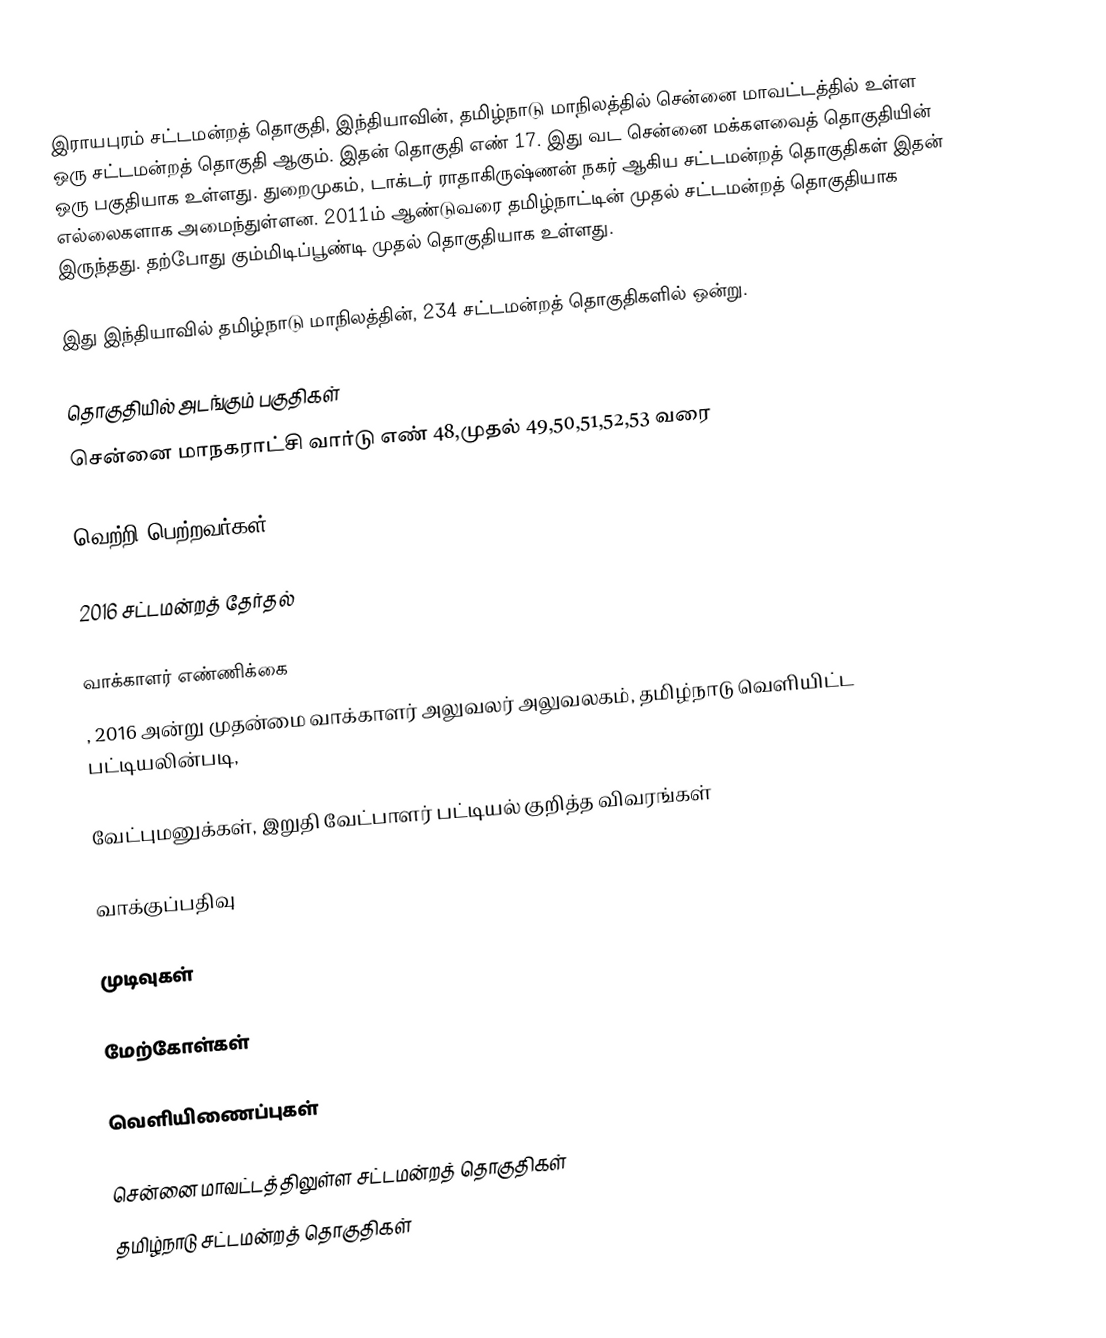
இராயபுரம் சட்டமன்றத் தொகுதி, இந்தியாவின், தமிழ்நாடு மாநிலத்தில் சென்னை மாவட்டத்தில் உள்ள ஒரு சட்டமன்றத் தொகுதி ஆகும். இதன் தொகுதி எண் 17. இது வட சென்னை மக்களவைத் தொகுதியின் ஒரு பகுதியாக உள்ளது. துறைமுகம், டாக்டர் ராதாகிருஷ்ணன் நகர் ஆகிய சட்டமன்றத் தொகுதிகள் இதன் எல்லைகளாக அமைந்துள்ளன. 2011ம் ஆண்டுவரை தமிழ்நாட்டின் முதல் சட்டமன்றத் தொகுதியாக இருந்தது. தற்போது  கும்மிடிப்பூண்டி முதல் தொகுதியாக உள்ளது.

இது இந்தியாவில் தமிழ்நாடு மாநிலத்தின், 234 சட்டமன்றத் தொகுதிகளில் ஒன்று.

தொகுதியில் அடங்கும் பகுதிகள்
சென்னை மாநகராட்சி வார்டு எண் 48,முதல் 49,50,51,52,53 வரை

வெற்றி பெற்றவர்கள்

2016 சட்டமன்றத் தேர்தல்

வாக்காளர் எண்ணிக்கை
, 2016 அன்று முதன்மை வாக்காளர் அலுவலர் அலுவலகம், தமிழ்நாடு வெளியிட்ட பட்டியலின்படி,

வேட்புமனுக்கள், இறுதி வேட்பாளர் பட்டியல் குறித்த விவரங்கள்

வாக்குப்பதிவு

முடிவுகள்

மேற்கோள்கள்

வெளியிணைப்புகள்

சென்னை மாவட்டத்திலுள்ள சட்டமன்றத் தொகுதிகள்
தமிழ்நாடு சட்டமன்றத் தொகுதிகள்